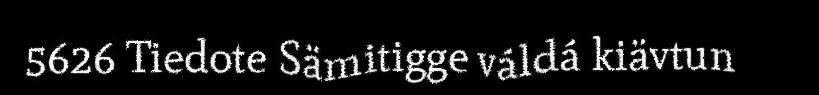
5626 Tiedote Sämitigge váldá kiävtun